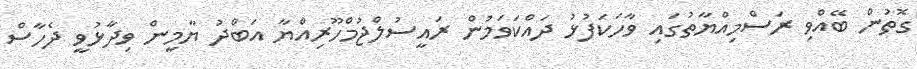
ގޮތުން ބޭއްވި ރަސްމިއްޔާތުގައި ވާހަކަފުޅު ދައްކަވަމުން ރައީސުލްޖުމްހޫރިއްޔާ އަބްދު ޔާމީން ވިދާޅުވީ ދެހާސް